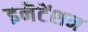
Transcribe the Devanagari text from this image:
इनैटेंशन